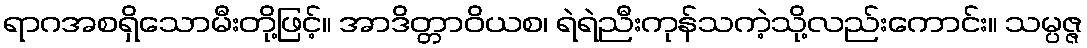
ရာဂအစရှိသောမီးတို့ဖြင့်။ အာဒိတ္တာဝိယစ၊ ရဲရဲညီးကုန်သကဲ့သို့လည်းကောင်း။ သမ္ပဇ္ဇ